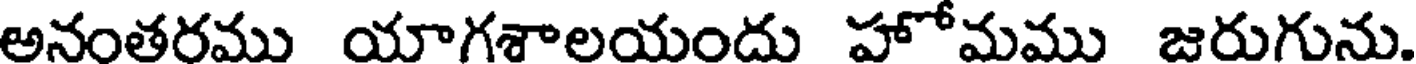
అనంతరము యాగశాలయందు హోమము జరుగును.